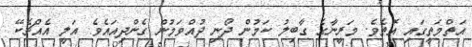
އަތްމަތީގައި އޮތެވެ. މަރީނާގެ ގާބިލު ކަމުން ދޯނި ދުއްވަމުން ގެންދިއައެވެ. އަލީ އެއްޗެކޭ